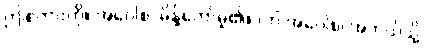
ဤစကားကို။ အဝေါစ၊ မိန့်တော်မူ၏။ (ကိံ အဝေါစ၊ အဘယ်သို့